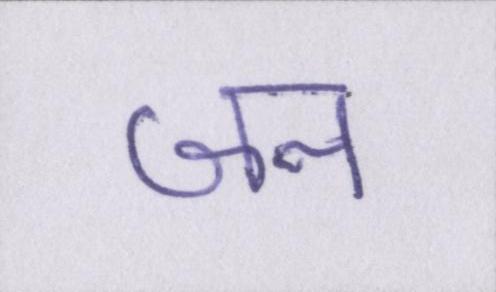
जन